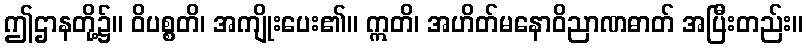
ဤဌာနတို့၌။ ဝိပစ္စတိ၊ အကျိုးပေး၏။ ဣတိ၊ အဟိတ်မနောဝိညာဏဓာတ် အပြီးတည်း။